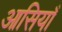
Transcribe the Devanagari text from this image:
आसियाँ